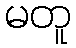
မတူ